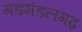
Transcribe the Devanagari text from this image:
गडमंडलगढ़